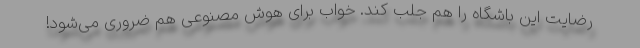
رضایت این باشگاه را هم جلب کند. خواب برای هوش مصنوعی هم ضروری می‌شود!